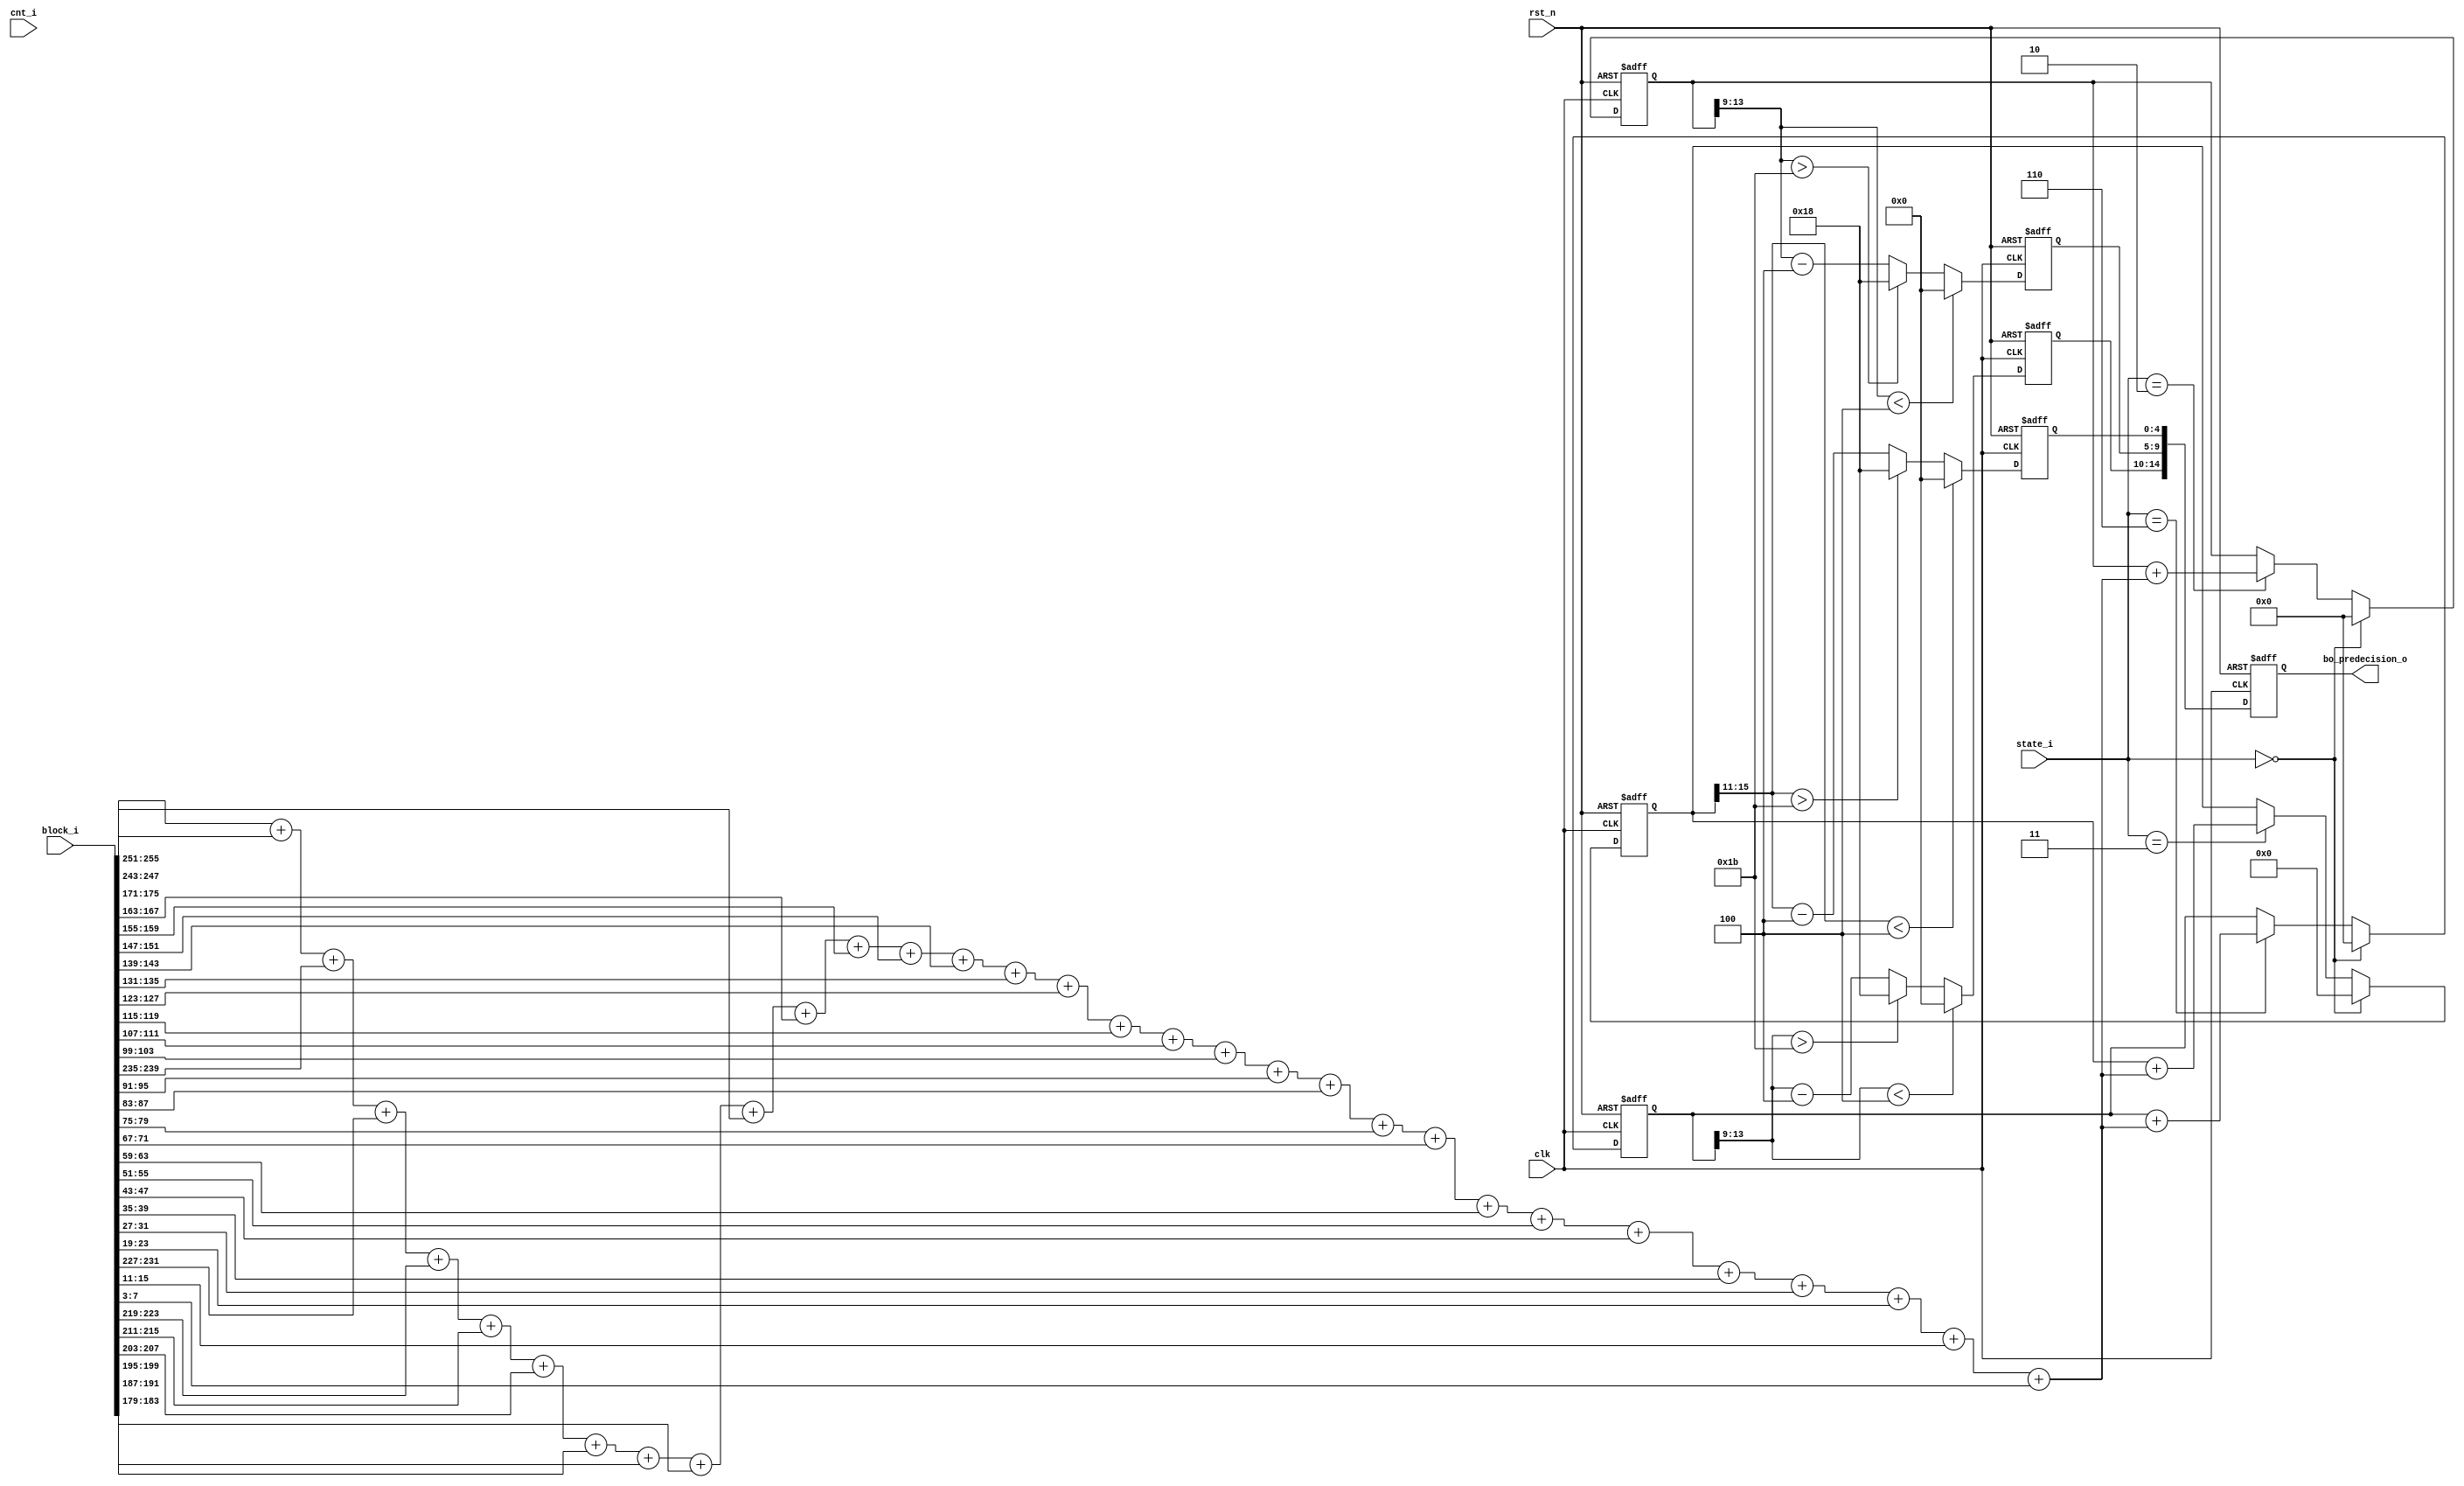
module sao_bo_predecision(
            clk                 ,
            rst_n               ,
            cnt_i               ,
            state_i             ,
            block_i             ,
            bo_predecision_o    
);

parameter IDLE = 3'b000, LOAD = 3'b001, DBY = 3'b011, DBU = 3'b010, DBV = 3'b110, SAO = 3'b100, OUT = 3'b101;

input                           clk, rst_n              ;
input       [255:0]             block_i                 ;
input       [  8:0]             cnt_i                   ;
input       [  2:0]             state_i                 ;

output      [ 14:0]             bo_predecision_o        ; // y:[4:0], u:[9:5], v[14:10]
reg         [ 14:0]             bo_predecision_o        ;
reg         [ 15:0]             y_sum                   ;
reg         [ 13:0]             u_sum, v_sum            ;
wire        [  4:0]             y_ave, u_ave, v_ave     ;
reg         [  4:0]             y_first_bo, u_first_bo, v_first_bo     ;
wire        [  9:0]             sum                     ;

assign  sum =  block_i[255:251] + block_i[247:243] + block_i[239:235] + block_i[231:227] + 
               block_i[223:219] + block_i[215:211] + block_i[207:203] + block_i[199:195] + 
               block_i[191:187] + block_i[183:179] + block_i[175:171] + block_i[167:163] + 
               block_i[159:155] + block_i[151:147] + block_i[143:139] + block_i[135:131] + 
               block_i[127:123] + block_i[119:115] + block_i[111:107] + block_i[103: 99] + 
               block_i[ 95: 91] + block_i[ 87: 83] + block_i[ 79: 75] + block_i[ 71: 67] + 
               block_i[ 63: 59] + block_i[ 55: 51] + block_i[ 47: 43] + block_i[ 39: 35] + 
               block_i[ 31: 27] + block_i[ 23: 19] + block_i[ 15: 11] + block_i[  7:  3];

always @(posedge clk or negedge rst_n) begin
    if ( !rst_n )
        y_sum <= 'd0            ;
    else if ( state_i == IDLE )
        y_sum <= 'd0            ;
    else if ( state_i == DBY )
        y_sum <= y_sum + sum ;
end

always @(posedge clk or negedge rst_n) begin
    if ( !rst_n )
        u_sum <= 'd0            ;
    else if ( state_i == IDLE )
        u_sum <= 'd0            ;
    else if ( state_i == DBU )
        u_sum <= u_sum + sum  ;
end

always @(posedge clk or negedge rst_n) begin
    if ( !rst_n )
        v_sum <= 'd0                ;
    else if ( state_i == IDLE )
        v_sum <= 'd0            ;
    else if ( state_i == DBV )
        v_sum <= v_sum + sum  ;

end

assign y_ave = y_sum[15:11] ;
assign u_ave = u_sum[13: 9] ;
assign v_ave = v_sum[13: 9] ;

always @(posedge clk or negedge rst_n) begin 
    if ( !rst_n ) 
        y_first_bo <= 0;
    else if (y_ave < 4) 
        y_first_bo <= 0;
    else if (y_ave > 5'd27)
        y_first_bo <= 5'd24 ;
    else 
        y_first_bo <= y_ave-5'd4 ;
end 

always @(posedge clk or negedge rst_n) begin 
    if ( !rst_n ) 
        u_first_bo <= 0;
    else if (u_ave < 4) 
        u_first_bo <= 0;
    else if (u_ave > 5'd27)
        u_first_bo <= 5'd24 ;
    else 
        u_first_bo <= u_ave-5'd4 ;
end

always @(posedge clk or negedge rst_n) begin 
    if ( !rst_n ) 
        v_first_bo <= 0;
    else if (v_ave < 4) 
        v_first_bo <= 0;
    else if (v_ave > 5'd27)
        v_first_bo <= 5'd24 ;
    else 
        v_first_bo <= v_ave-5'd4 ;
end

always @ ( posedge clk or negedge rst_n ) begin
    if (!rst_n)
        bo_predecision_o <= 'd0 ;
    else 
        bo_predecision_o <= {v_first_bo, u_first_bo, y_first_bo};
end 



endmodule